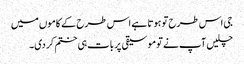
جی اس طرح تو ہوتا ہے اس طرح کے کاموں میں
چلیں آپ نے تو موسیقی پر بات ہی ختم کر دی۔